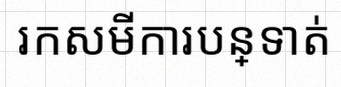
រកសមីការបន្ទាត់